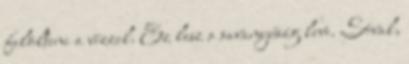
felölteni a vízzel. Ez lesz a savanyúság leve. Sóval,